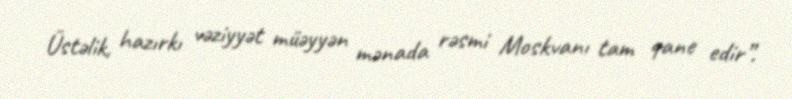
Üstəlik, hazırkı vəziyyət müəyyən mənada rəsmi Moskvanı tam qane edir”.